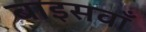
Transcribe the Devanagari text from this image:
बाइसवाँ